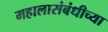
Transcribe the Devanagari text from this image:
महालासंबंधीच्या